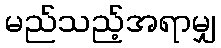
မည်သည့်အရာမျှ